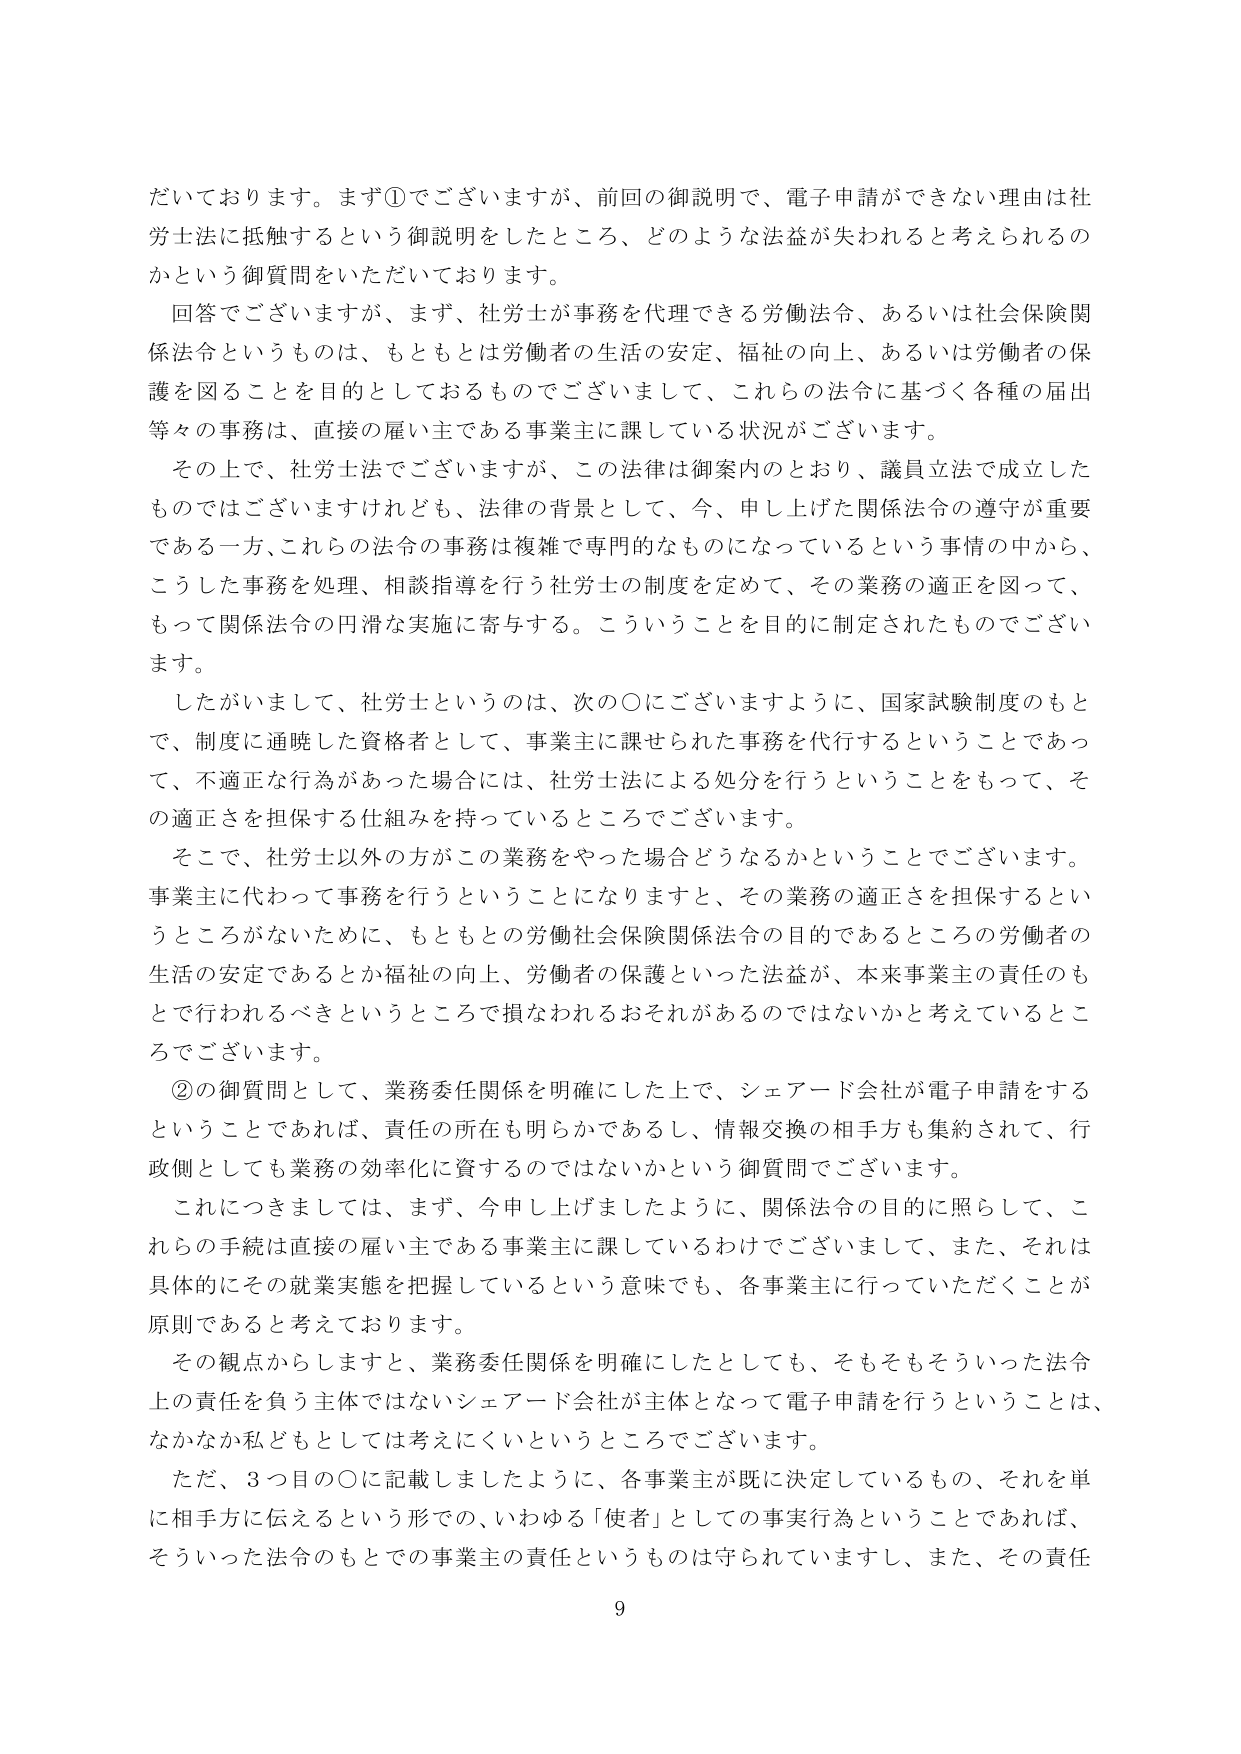
だいております。まず①でございますが、前回の御説明で、電子申請ができない理由は社労士法に抵触するという御説明をしたところ、どのような法益が失われると考えられるのかという御質問をいただいております。

回答でございますが、まず、社労士が事務を代理できる労働法令、あるいは社会保険関係法令というものは、もともとは労働者の生活の安定、福祉の向上、あるいは労働者の保護を図ることを目的としておるものでございまして、これらの法令に基づく各種の届出等々の事務は、直接の雇い主である事業主に課している状況がございます。

その上で、社労士法でございますが、この法律は御案内のとおり、議員立法で成立したものではございますけれども、法律の背景として、今、申し上げた関係法令の遵守が重要である一方、これらの法令の事務は複雑で専門的なものになっているという事情の中から、こうした事務を処理、相談指導を行う社労士の制度を定めて、その業務の適正を図って、もって関係法令の円滑な実施に寄与する。こういうことを目的に制定されたものでございます。

したがいまして、社労士というのは、次の〇にございますように、国家試験制度のもとで、制度に通暁した資格者として、事業主に課せられた事務を代行するということであって、不適正な行為があった場合には、社労士法による処分を行うということをもって、その適正さを担保する仕組みを持っているところでございます。

そこで、社労士以外の方がこの業務をやった場合どうなるかということでございます。事業主に代わって事務を行うということになりますと、その業務の適正さを担保するというところがないために、もともとの労働社会保険関係法令の目的であるところの労働者の生活の安定であるとか福祉の向上、労働者の保護といった法益が、本来事業主の責任のもとで行われるべきというところで損なわれるおそれがあるのではないかと考えているところでございます。

②の御質問として、業務委任関係を明確にした上で、シェアード会社が電子申請をするということであれば、責任の所在も明らかであるし、情報交換の相手方も集約されて、行政側としても業務の効率化に資するのではないかという御質問でございます。

これにつきましては、まず、今申し上げましたように、関係法令の目的に照らして、これらの手続は直接の雇い主である事業主に課しているわけでございまして、また、それは具体的にその就業実態を把握しているという意味でも、各事業主に行っていただくことが原則であると考えております。

その観点からしますと、業務委任関係を明確にしたとしても、そもそもそういった法令上の責任を負う主体ではないシェアード会社が主体となって電子申請を行うということは、なかなか私どもとしては考えにくいというところでございます。

ただ、3つ目の〇に記載しましたように、各事業主が既に決定しているもの、それを単に相手方に伝えるという形での、いわゆる「使者」としての事実行為ということであれば、そういった法令のもとでの事業主の責任というものは守られていますし、また、その責任

9